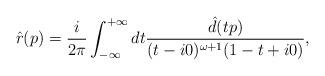
LaTeX: \begin{align*}\hat{r} (p) = \frac{i}{2\pi}\int_{- \infty}^{+ \infty} dt \frac{\hat{d}(tp)}{(t-i0)^{\omega +1}(1-t+i0)},\end{align*}